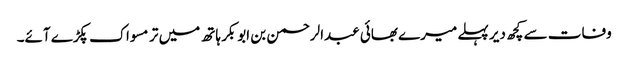
وفات سے کچھ دیر پہلے میرے بھائی عبدالرحمن بن ابوبکر ہاتھ میں تر مسواک پکڑے آئے۔